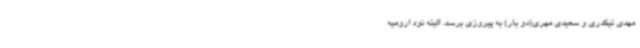
مهدی تیکدری و سعیدی مهری(دو بار) به پیروزی برسد. البته نود ارومیه